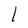
Character: l